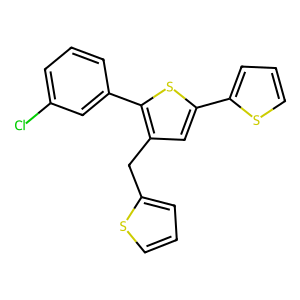
SMILES: Clc1cccc(-c2sc(-c3cccs3)cc2Cc2cccs2)c1
Inhibits HIV replication: No